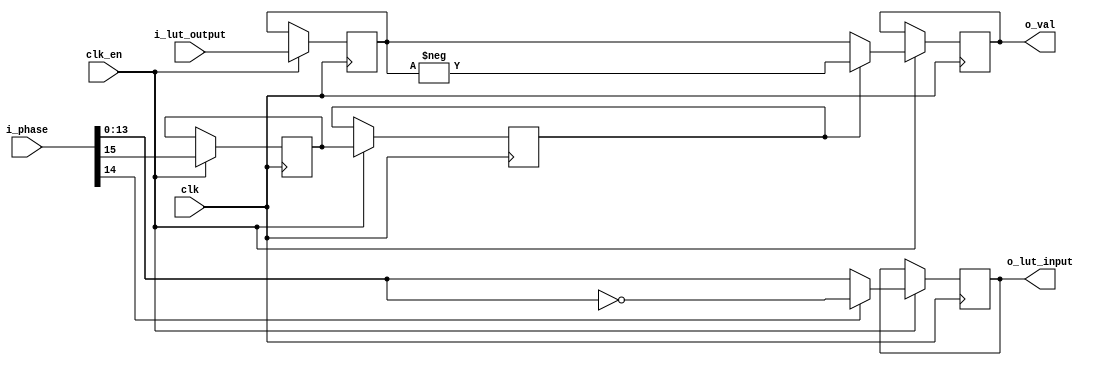
// Quarter-wave sine logic

module quarter_sine(input clk,
						  input clk_en,
							input[15:0] i_phase,
							output reg [13:0] o_lut_input, // 2 bits are being used inside this module
							input signed [15:0] i_lut_output,
							output reg signed[15:0] o_val);
		reg r_negate[1:0];
		reg signed[15:0] r_lut_sine;
		
		initial o_val = 16'b0;
		initial o_lut_input = 14'b0;
		
		always @(posedge clk) begin
			if(clk_en) begin
				// clock one
				r_negate[0] <= i_phase[15]; // negate or not
				o_lut_input <= i_phase[14] ? ~i_phase[13:0] : i_phase[13:0]; // invert index if 2nd MSB is set
				
				// clock two
				r_lut_sine <= i_lut_output;
				r_negate[1] <= r_negate[0]; //to avoid overwriting

				//clock three
				if (r_negate[1])
					o_val <= -r_lut_sine;
				else
					o_val <= r_lut_sine;
			end
		end
endmodule